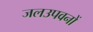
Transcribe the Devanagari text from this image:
जलउपवनों